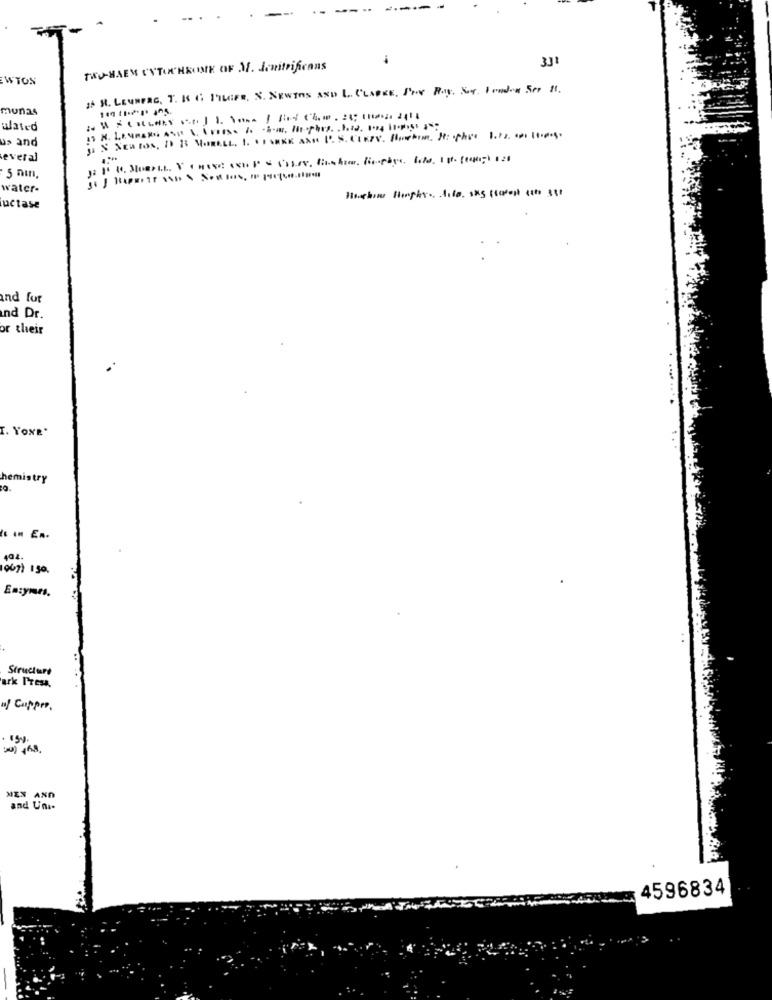
331
TWO-HAEM CYTOCHROME OF M. Jenitrificans
WTON
2. H. LEUNERG. T. K 6; FILEFR, S. NEWINS AND L. CLARKE, PIC Pay. NY. I ondon Ser 1.
munas
Wlated
us and
several
5 nın,
water-
Bishin Hinphr. l.to. sas (safest cito 331
uctase
and for
nd Dr.
or their
I. YONE"
hemistry
404.
007) 150.
Enzymes.
Structure
ark ITest.
af Cupper.
MEN AND
and Un ..
4596834